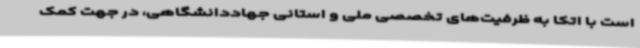
است با اتکا به ظرفیت‌های تخصصی ملی و استانی جهاددانشگاهی، در جهت کمک